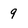
Character: 9